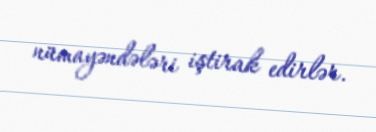
nümayəndələri iştirak edirlər.